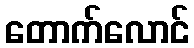
တောက်လောင်